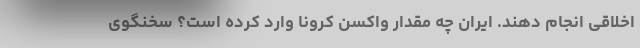
اخلاقی انجام دهند. ایران چه مقدار واکسن کرونا وارد کرده است؟ سخنگوی